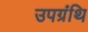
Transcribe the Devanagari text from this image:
उपग्रंथि